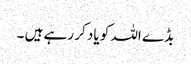
بڈے اللہ کو یاد کر رہے ہیں ۔